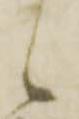
候